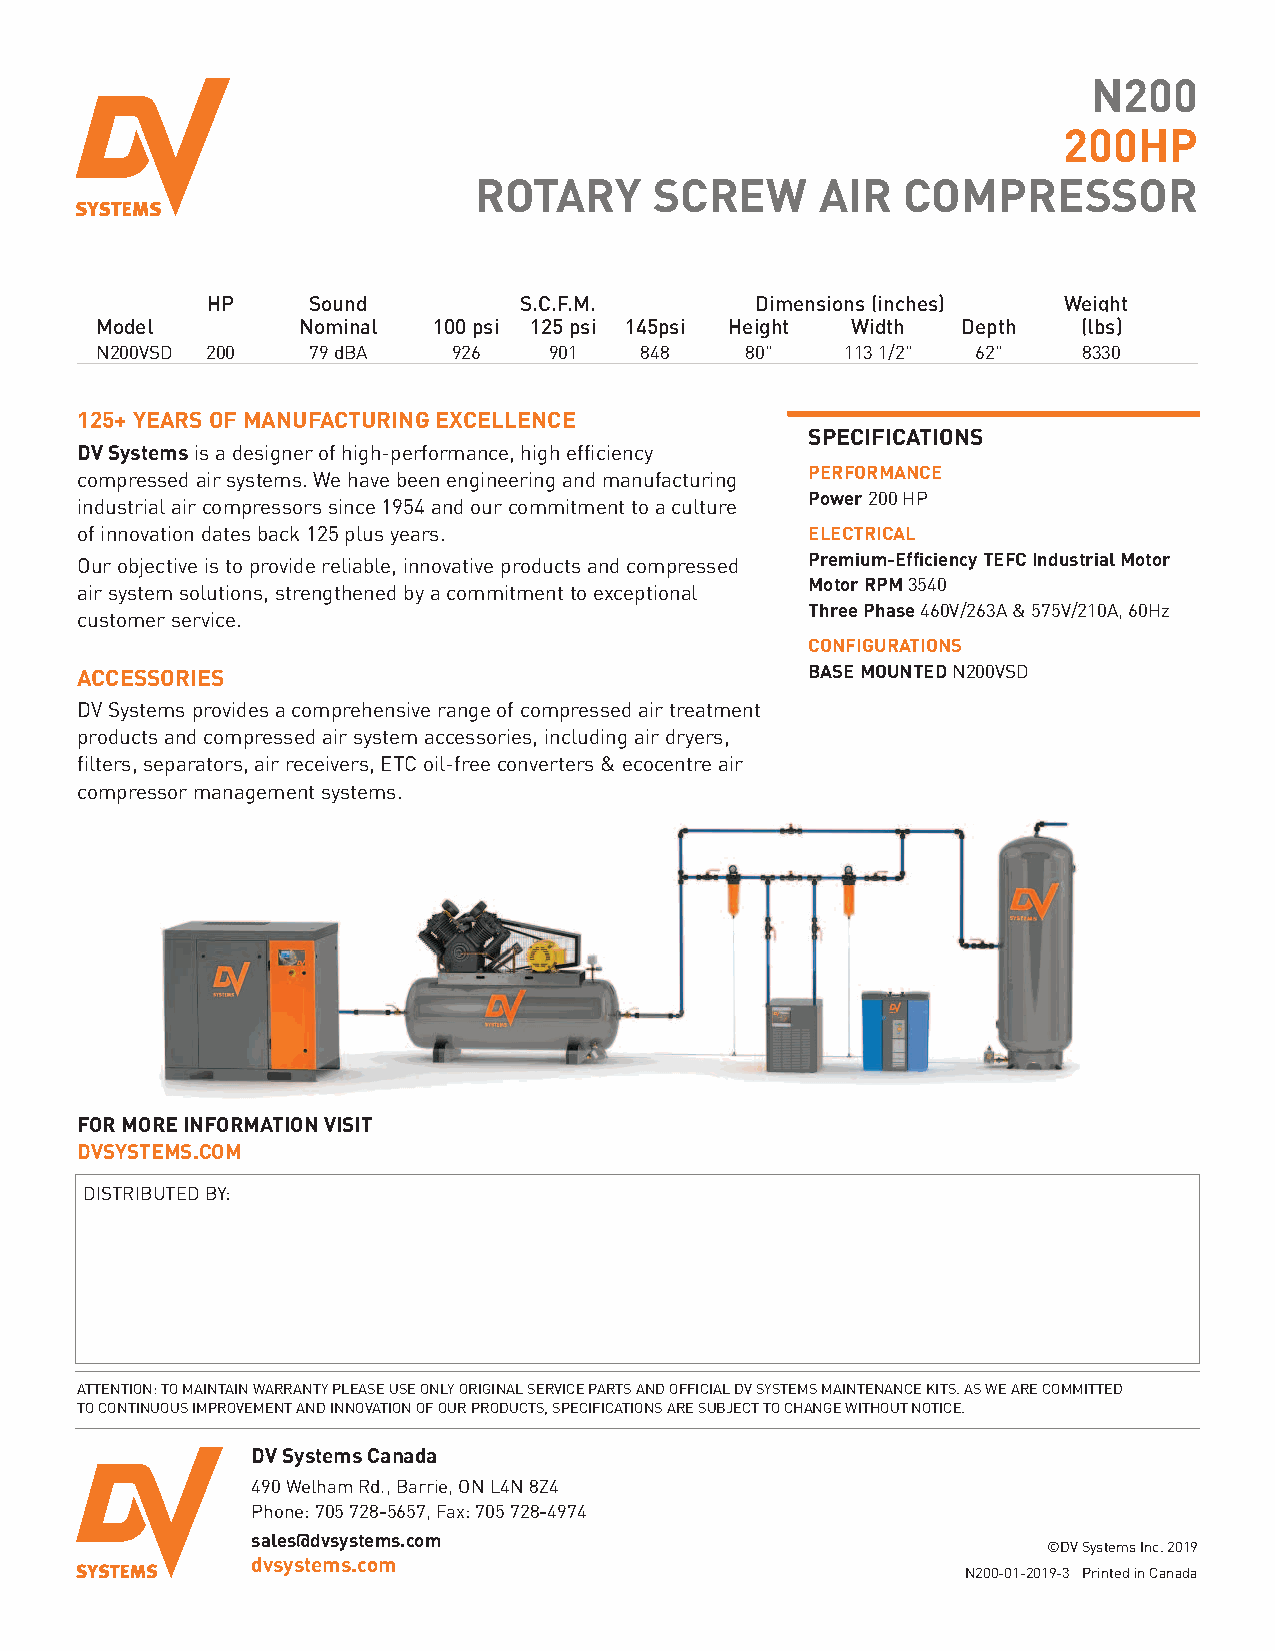
N200
 200HP
 ROTARY      SCREW      AIR   COMPRESSOR
 HP    Sound         S.C.F.M.        Dimensions (inches) Weight
 Model         Nominal  100 psi 125 psi 145psi Height Width Depth  (lbs)
 N200VSD 200   79 dBA    926   901   848    80"    113 1/2" 62"    8330
 125+ YEARS OF MANUFACTURING EXCELLENCE
 SPECIFICATIONS
 DV Systemsis a designer of high-performance, high efficiency
 PERFORMANCE
 compressed air systems. We have been engineering and manufacturing
 Power200 HP
 industrial air compressors since 1954 and our commitment to a culture
 of innovation dates back 125 plus years.         ELECTRICAL
 Our objective is to provide reliable, innovative products and compressed Premium-Efficiency TEFC Industrial Motor
 Motor RPM 3540
 air system solutions, strengthened by a commitment to exceptional
 Three Phase 460V/263A & 575V/210A, 60Hz
 customer service.
 CONFIGURATIONS
 ACCESSORIES                                      BASE MOUNTED N200VSD
 DV Systems provides a comprehensive range of compressed air treatment
 products and compressed air system accessories, including air dryers,
 filters, separators, air receivers, ETC oil-free converters & ecocentre air
 compressor management systems.
 FOR MORE INFORMATION VISIT
 DVSYSTEMS.COM
 DISTRIBUTED BY:
 ATTENTION: TO MAINTAIN WARRANTY PLEASE USE ONLY ORIGINAL SERVICE PARTS AND OFFICIAL DV SYSTEMS MAINTENANCE KITS. AS WE ARE COMMITTED
 TO CONTINUOUS IMPROVEMENT AND INNOVATION OF OUR PRODUCTS, SPECIFICATIONS ARE SUBJECT TO CHANGE WITHOUT NOTICE.
 DV Systems Canada
 490 Welham Rd., Barrie, ON L4N 8Z4
 Phone: 705 728-5657, Fax: 705 728-4974
 sales@dvsystems.com
 ©DV Systems Inc. 2019
 dvsystems.com
 N200-01-2019-3 Printed in Canada